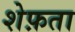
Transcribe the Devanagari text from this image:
शेफ़ता